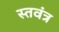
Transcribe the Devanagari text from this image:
स्तवंत्र